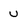
Character: u